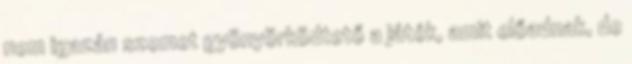
nem igazán szemet gyönyörködtető a játék, amit előadnak, de